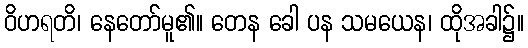
ဝိဟရတိ၊ နေတော်မူ၏။ တေန ခေါ ပန သမယေန၊ ထိုအခါ၌။